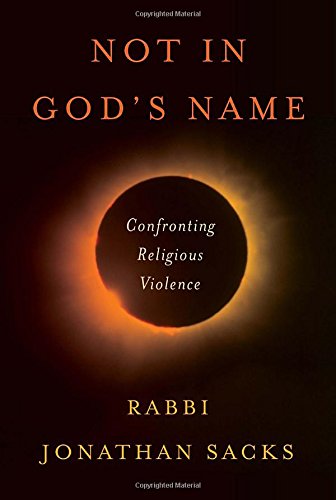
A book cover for Not in God's Name: Confronting Religious Violence; Jonathan Sacks; History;